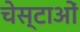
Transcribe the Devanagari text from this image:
चेस्टाओं